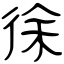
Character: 徐